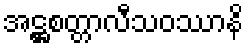
အဋ္ဌစတ္တာလီသဝဿာနိ